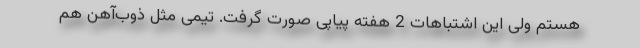
هستم ولی این اشتباهات 2 هفته پیاپی صورت گرفت. تیمی مثل ذوب‌آهن هم